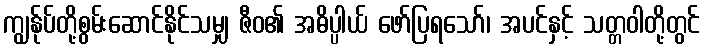
ကျွန်ုပ်တို့စွမ်းဆောင်နိုင်သမျှ ဇီဝ၏ အဓိပ္ပါယ် ဖော်ပြရသော်၊ အပင်နှင့် သတ္တဝါတို့တွင်